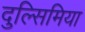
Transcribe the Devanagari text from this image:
दुल्सिमिया